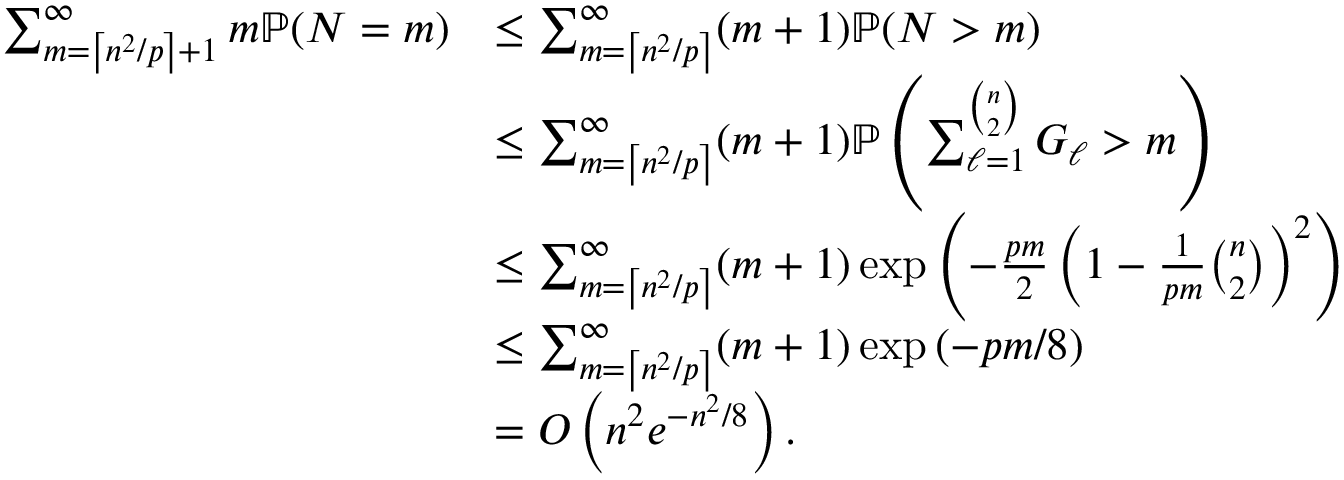
\begin{array} { r l } { \sum _ { m = \left\lceil n ^ { 2 } / p \right\rceil + 1 } ^ { \infty } m \mathbb { P } ( N = m ) } & { \leq \sum _ { m = \left\lceil n ^ { 2 } / p \right\rceil } ^ { \infty } ( m + 1 ) \mathbb { P } ( N > m ) } \\ & { \leq \sum _ { m = \left\lceil n ^ { 2 } / p \right\rceil } ^ { \infty } ( m + 1 ) \mathbb { P } \left( \sum _ { \ell = 1 } ^ { \binom { n } { 2 } } G _ { \ell } > m \right) } \\ & { \leq \sum _ { m = \left\lceil n ^ { 2 } / p \right\rceil } ^ { \infty } ( m + 1 ) \exp \left( - \frac { p m } { 2 } \left( 1 - \frac { 1 } { p m } \binom { n } { 2 } \right) ^ { 2 } \right) } \\ & { \leq \sum _ { m = \left\lceil n ^ { 2 } / p \right\rceil } ^ { \infty } ( m + 1 ) \exp \left( - p m / 8 \right) } \\ & { = O \left( n ^ { 2 } e ^ { - n ^ { 2 } / 8 } \right) . } \end{array}